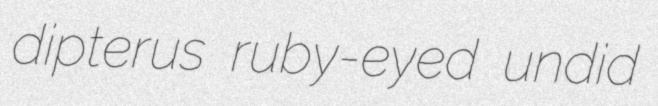
dipterus ruby-eyed undid